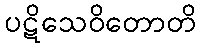
ပဋိသေဝိတောတိ